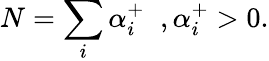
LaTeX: N=\sum_{i}\alpha_{i}^{+}\; \; ,\alpha_{i}^{+}>0.